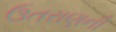
ઉતરાણની